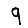
Digit: 9